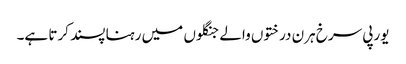
یورپی سرخ ہرن درختوں والے جنگلوں میں رہنا پسند کرتا ہے۔